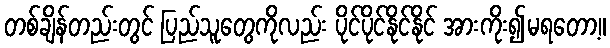
တစ်ချိန်တည်းတွင် ပြည်သူတွေကိုလည်း ပိုင်ပိုင်နိုင်နိုင် အားကိုး၍မရတော့။